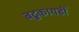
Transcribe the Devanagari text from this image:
बटुकायह्रीं